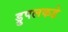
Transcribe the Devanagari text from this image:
ड्रुपलकडे